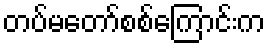
တပ်မတော်စစ်ကြောင်းက